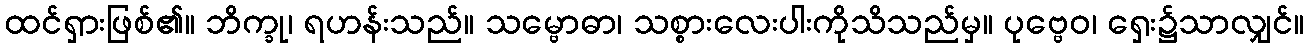
ထင်ရှားဖြစ်၏။ ဘိက္ခု၊ ရဟန်းသည်။ သမ္ဗောဓာ၊ သစ္စားလေးပါးကိုသိသည်မှ။ ပုဗ္ဗေဝ၊ ရှေး၌သာလျှင်။